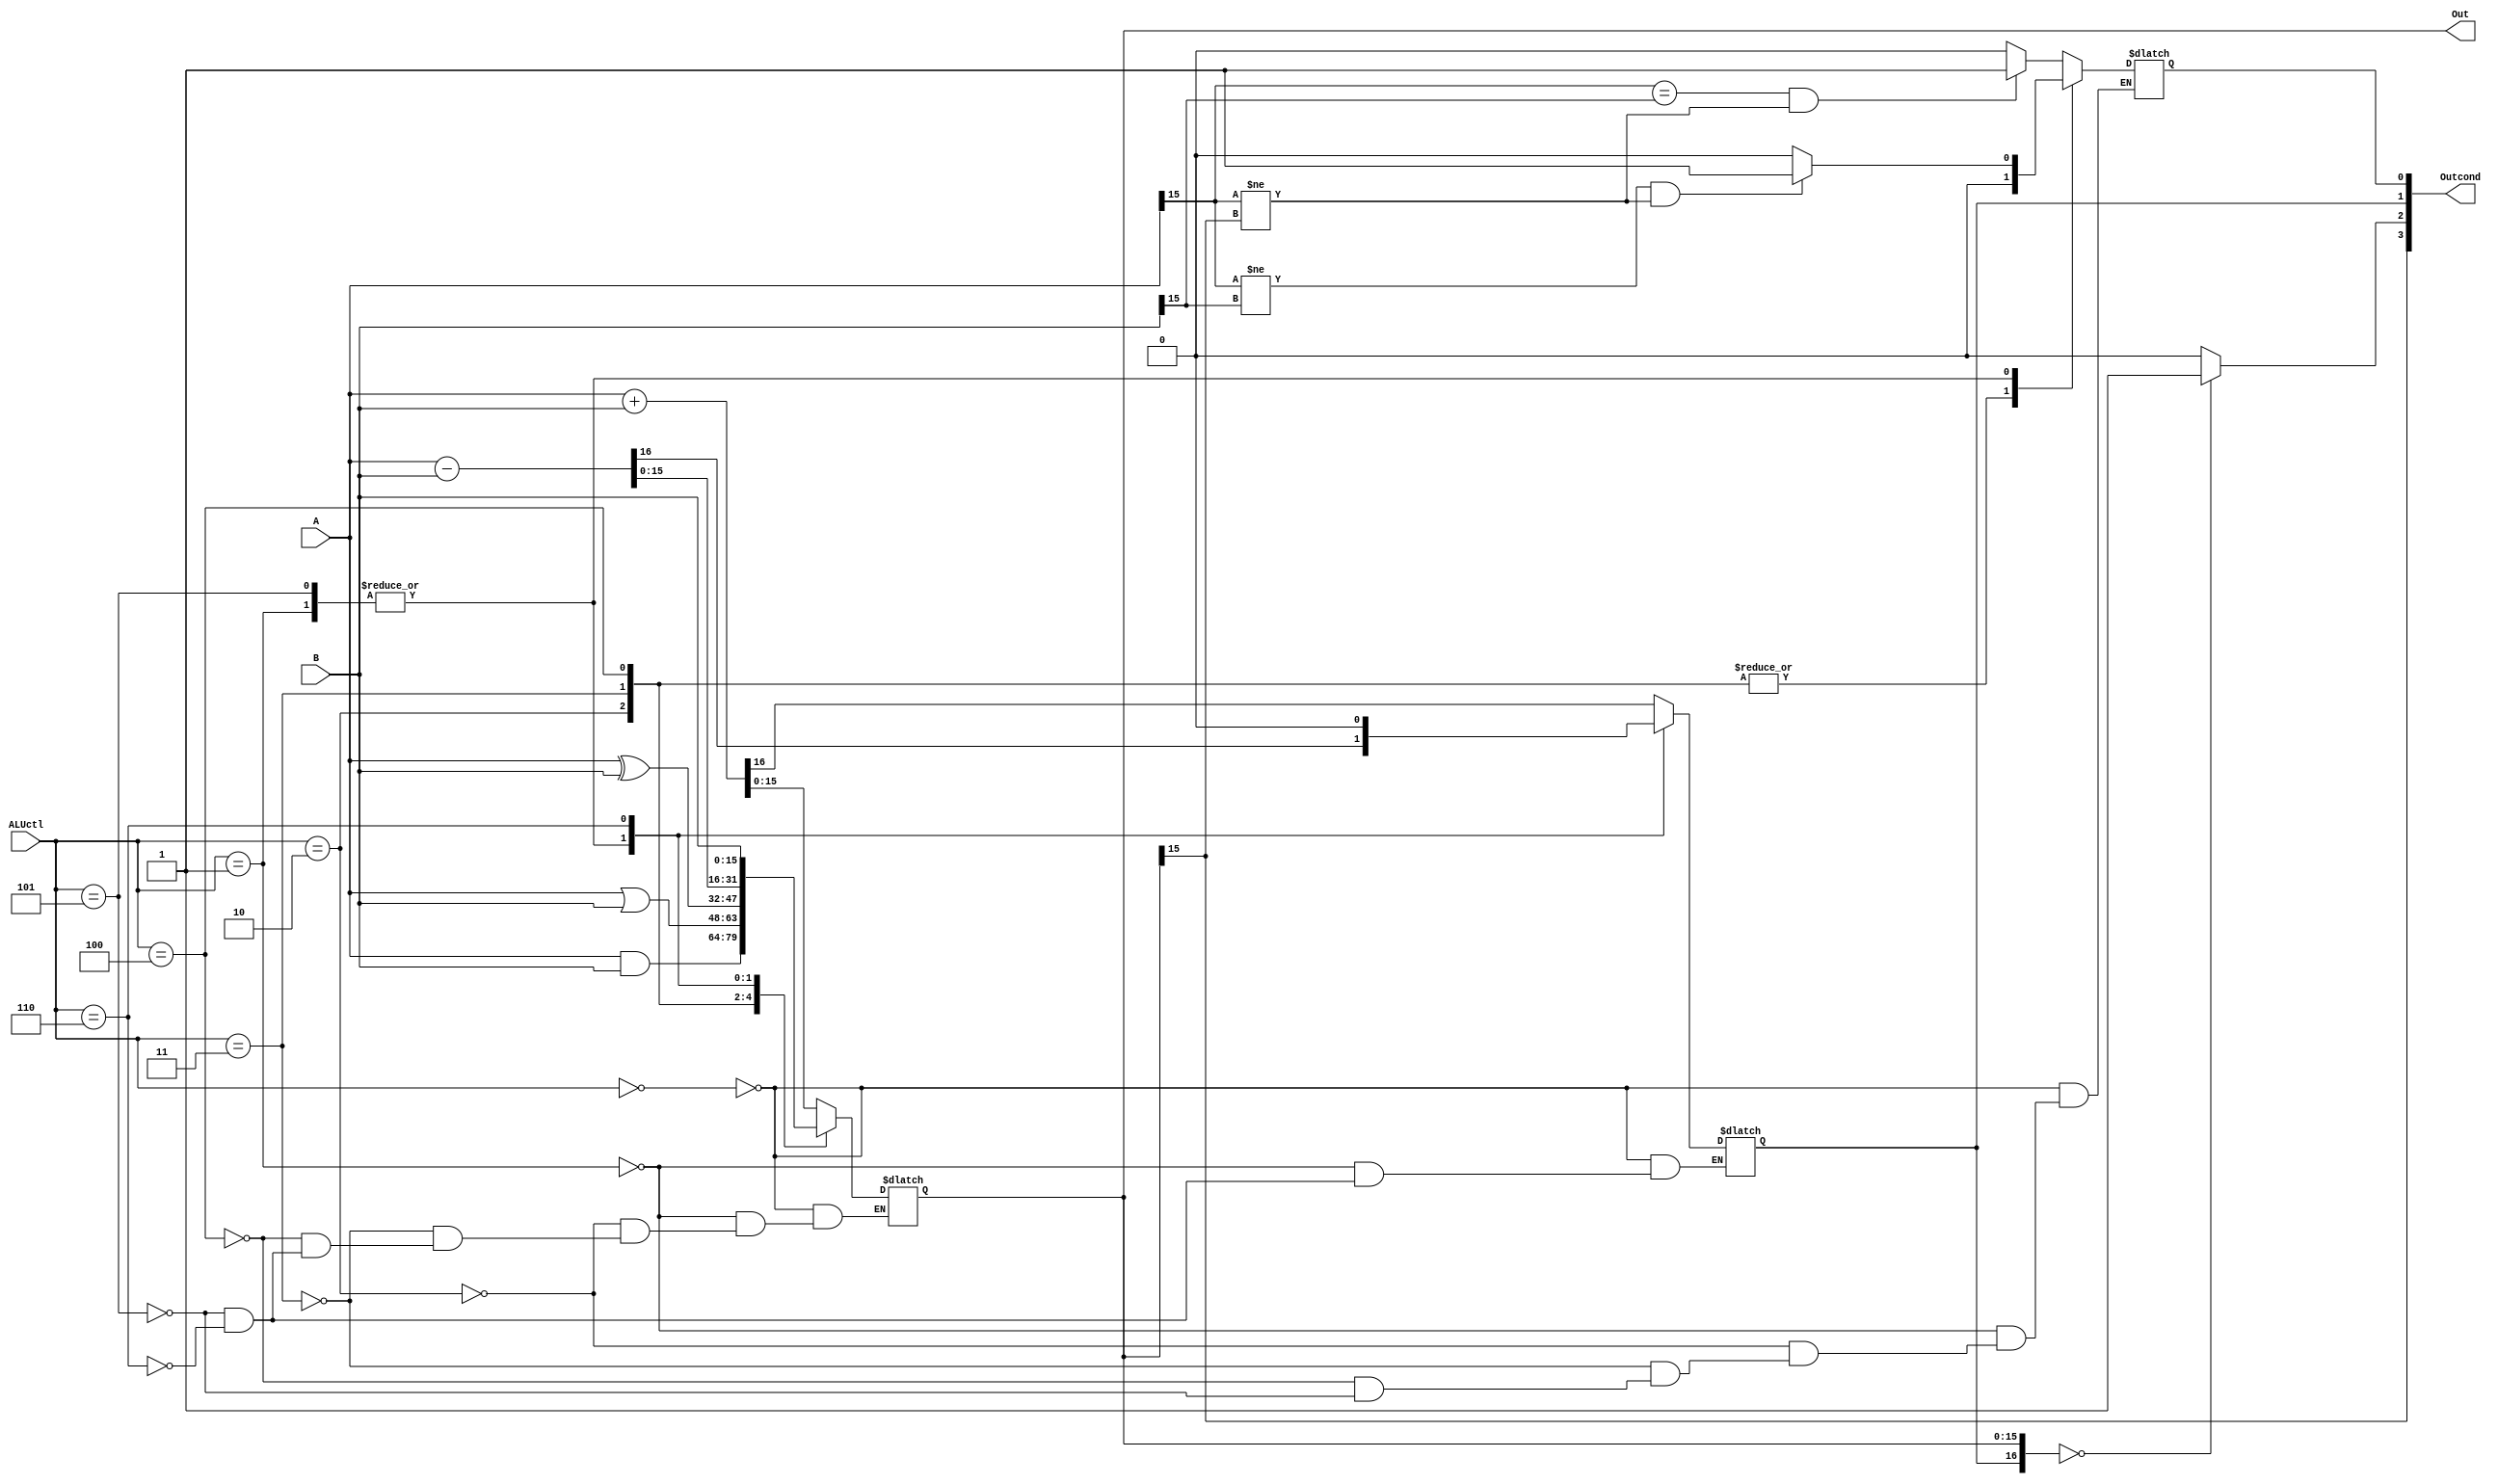
module ALU(
		input [3:0] ALUctl,
		input [15:0] A,B,
		output [15:0] Out,
		output [3:0] Outcond
		);
		reg [16:0] C;
		reg [3:0] cond;
		always @(ALUctl,A,B) begin
			case (ALUctl)
				0: begin
						C <= A + B;
					if(A[15]==B[15] && A[15]!=C[15])
						cond[0] <= 1'b1;
					else
						cond[0] <= 1'b0;
					end
				1: begin
						C <= A - B;
					if(A[15]!=B[15] && A[15]!=C[15])
						cond[0] <= 1'b1;
					else
						cond[0] <= 1'b0;
					end
				2: begin
						C[15:0] <= A & B;
						cond[0] <= 1'b0;
					end
				3: begin
						C[15:0] <= A | B;
						cond[0] <= 1'b0;
					end
				4: begin
						C[15:0] <= A ^ B;
						cond[0] <= 1'b0;
					end
				5: begin
						C <= A - B;
					if(A[15]!=B[15] && A[15]!=C[15])
						cond[0] <= 1'b1;
					else
						cond[0] <= 1'b0;
					end
				6: begin 
						C[15:0] <= B;
						C[16] <= 1'b0;
					end
			endcase
			
			if(C==16'b0)
				cond[2] <= 1'b1;
			else
				cond[2] <= 1'b0;
			cond[3] <= C[15];
			cond[1] <= C[16];
		end
		assign Outcond = cond;
		assign Out = C[15:0];
endmodule